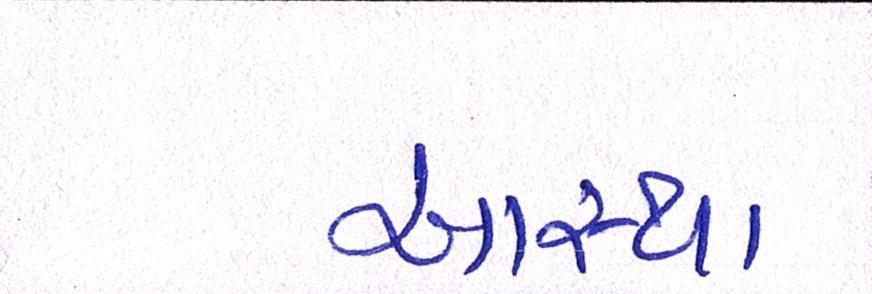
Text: આસ્થા